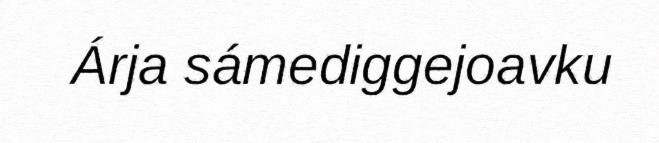
Árja sámediggejoavku